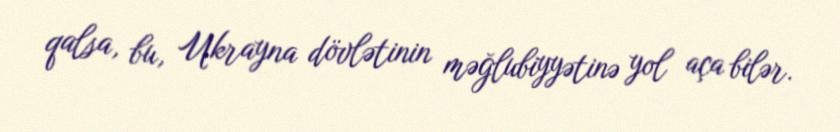
qalsa, bu, Ukrayna dövlətinin məğlubiyyətinə yol aça bilər.